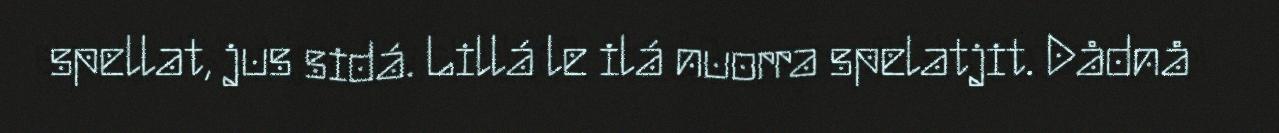
spellat, jus sidá. Lillá le ilá nuorra spelatjit. Dådnå